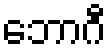
ဘောဂီ